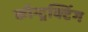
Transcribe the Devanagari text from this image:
कॉन्ट्रक्टिंग